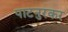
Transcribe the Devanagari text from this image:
पाटनुरकर